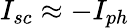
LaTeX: I_{sc}\approx-I_{ph}